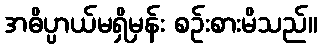
အဓိပ္ပာယ်မရှိမှန်း စဉ်းစားမိသည်။